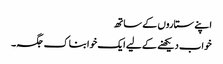
اپنے ستاروں کے ساتھ
خواب دیکھنے کے لیے ایک خوابناک جگہ۔